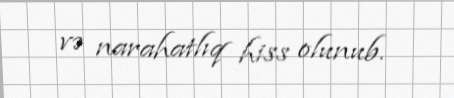
və narahatlıq hiss olunub.